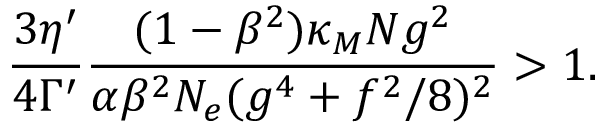
\frac { 3 \eta ^ { \prime } } { 4 \Gamma ^ { \prime } } \frac { ( 1 - \beta ^ { 2 } ) \kappa _ { M } N g ^ { 2 } } { \alpha \beta ^ { 2 } N _ { e } ( g ^ { 4 } + f ^ { 2 } / 8 ) ^ { 2 } } > 1 .